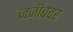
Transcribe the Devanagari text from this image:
नजीबवर